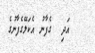
އަދި  ގެފާނު އެކަލޭގެފާނުގެ